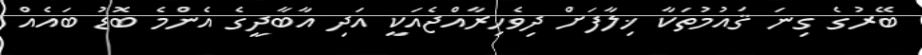
ބޭރުގެ ގިނަ ޤައުމުތަކާ ޚިލާފަށް ދިވެހިރާއްޖެއަކީ އަދި އާބާދީގެ އެންމެ ބޮޑު ބައެއް